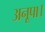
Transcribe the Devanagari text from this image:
अनूपा।